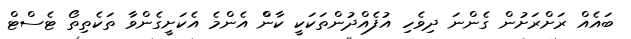
ބައެއް ރަށްރަށުން ގެންނަ ދިވެހި އުފެއްދުންތަކަކީ ކާންް އެންމެ އެކަށީގެންވާ ތަކެތިތޯ ޓެސްޓް